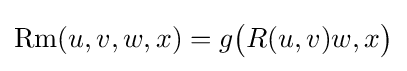
\operatorname {Rm} (u,v,w,x)=g{\big (}R(u,v)w,x{\big )}